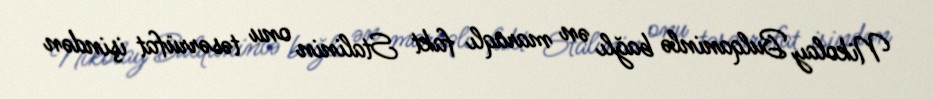
Nikolay Bulqaninlə bağlı ən maraqlı fakt Stalinin onu təsərrüfat işindən